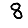
Digit: 8